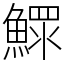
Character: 鰥